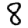
Digit: 8